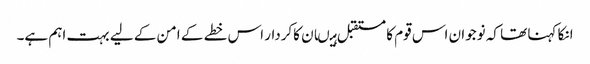
انکا کہنا تھا کہ نوجوان اس قوم کا مستقبل ہیںان کاکردار اس خطے کے امن کے لیے بہت اہم ہے۔